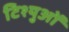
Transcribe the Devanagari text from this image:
टिश्युओं